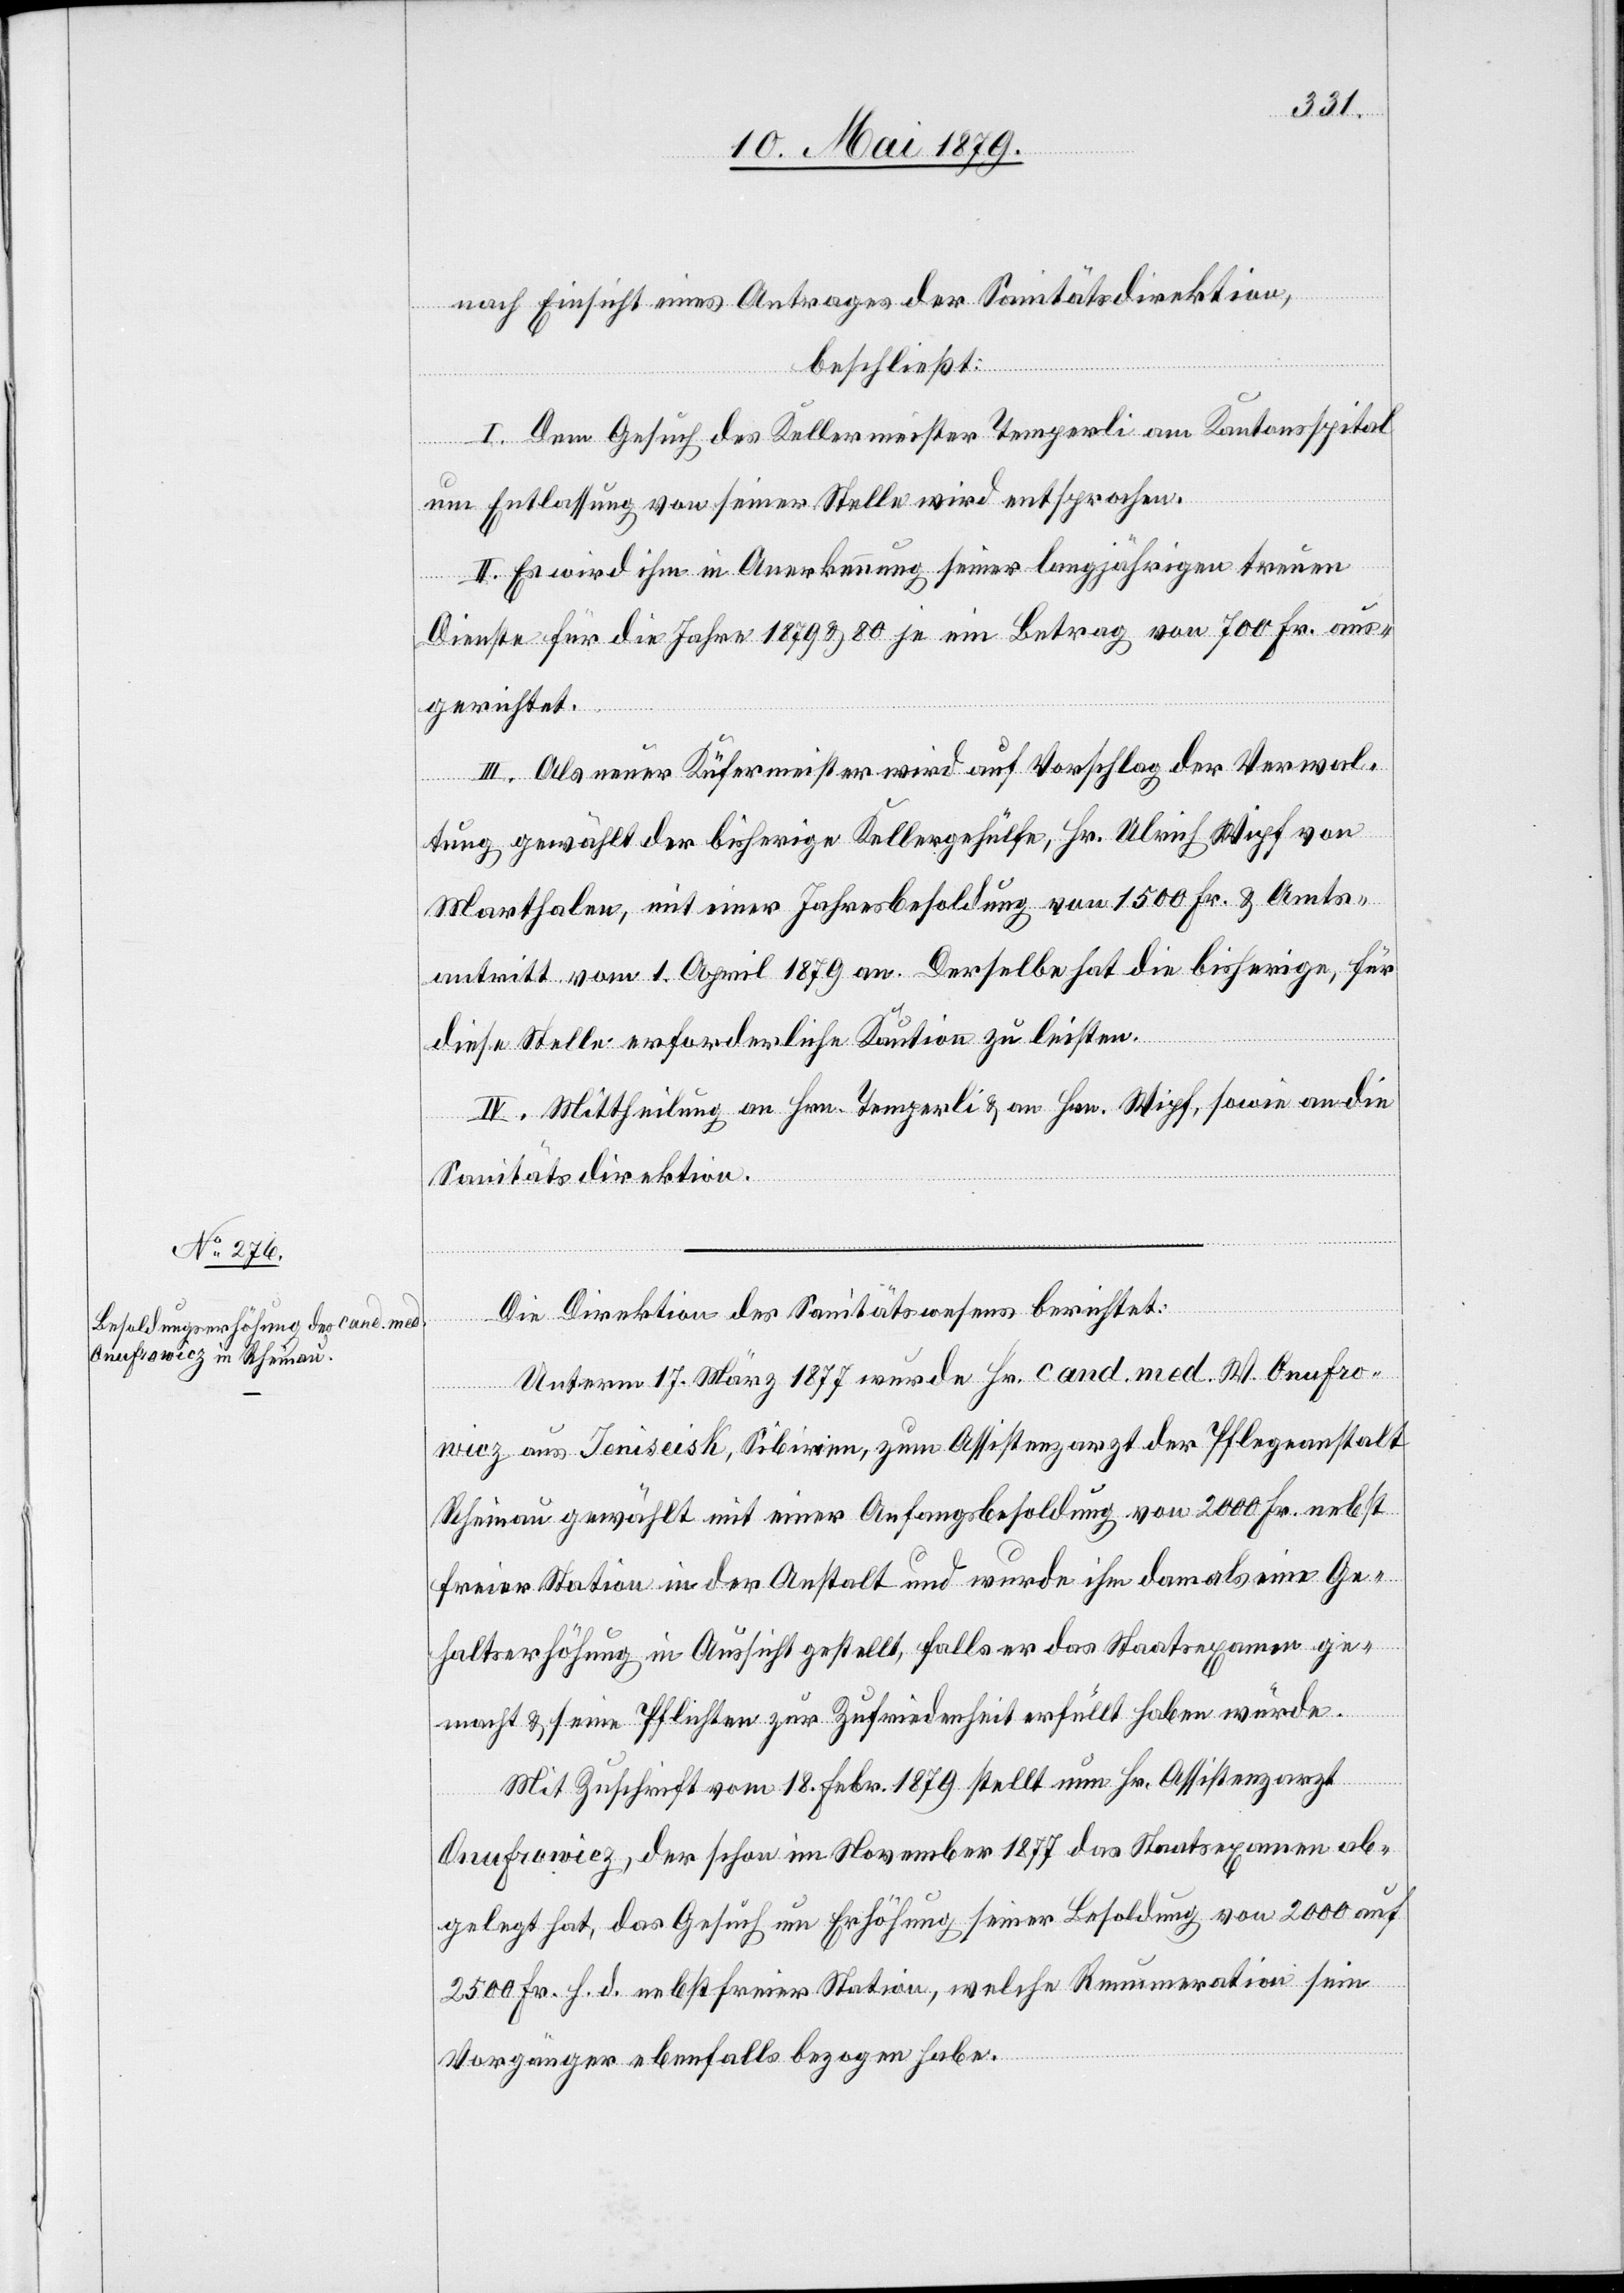
nach Einsicht eines Antrages der Sanitätsdirektion,
beschließt:
I. Dem Gesuch des Kellermeister Temperli am Kantonsspital
um Entlassung von seiner Stelle wird entsprochen.
II. Es wird ihm in Anerkennung seiner langjährigen treuen
Dienste für die Jahre 1879 & 80 je ein Betrag von 700 Fr. aus¬
gerichtet.
III. Als neuer Küfermeister wird auf Vorschlag der Verwal¬
tung gewählt der bisherige Kellergehülfe, Hr. Ulrich Wipf von
Marthalen, mit einer Jahresbesoldung von 1500 Fr. & Amts¬
antritt vom 1. April 1879 an. Derselbe hat die bisherige, für
diese Stelle erforderliche Kaution zu leisten.
IV. Mittheilung an Hrn. Temperli & an Hrn. Wipf, sowie an die
Sanitätsdirektion.
Die Direktion des Sanitätswesens berichtet:
Unterm 17. März 1877 wurde Hr. cand. med. W. Onufro¬
wicz aus Jeniseisk, Sibirien, zum Assistenzarzt der Pflegeanstalt
Rheinau gewählt mit einer Anfangsbesoldung von 2000 Fr. nebst
freier Station in der Anstalt und wurde ihm damals eine Ge¬
haltserhöhung in Aussicht gestellt, falls er das Staatsexamen ge¬
macht & seine Pflichten zur Zufriedenheit erfüllt haben würde.
Mit Zuschrift vom 18. Febr. 1879 stellt nun Hr. Assistenzarzt
Onufrowiez [sic!], der schon im November 1877 das Staatsexamen ab¬
gelegt hat, das Gesuch um Erhöhung seiner Besoldung von 2000 auf
2500 Fr. h. d. nebst freier Station, welche Remuneration sein
Vorgänger ebenfalls bezogen habe.